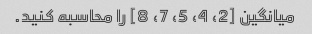
میانگین [2، 4، 5، 7، 8] را محاسبه کنید.